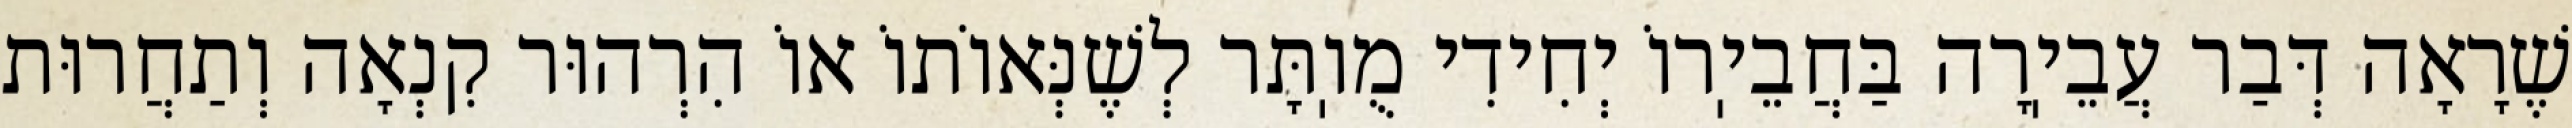
שֶׁרָאָה דְּבַר עֲבֵיֽרָה בַּחֲבֵיֽרוֹ יְחִידִי מֻוֽתָּר לְשֶׁנְּאוֹתוֹ אוֹ הִרְהוּר קִנְאָה וְתַחֲרוּת